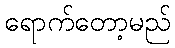
ရောက်တော့မည်